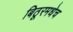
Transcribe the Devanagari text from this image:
बिठूरमधेच